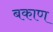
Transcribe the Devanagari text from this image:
बकाण